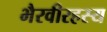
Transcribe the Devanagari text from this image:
भैरवीरहस्य